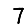
Digit: 7